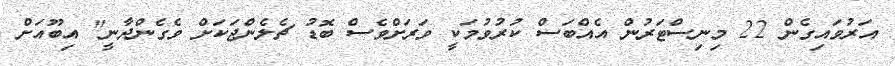
އަރުވައިގެން 22 މިނިސްޓަރުން އެއްބަސް ކުރުވުމަކީ ވަރަށްވެސް ބޮޑު ޗެލެންޖަކަށް ވެގެންދާނީ" އިބޫއަށް